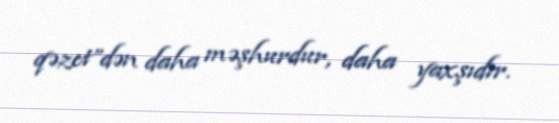
qəzet”dən daha məşhurdur, daha yaxşıdır.